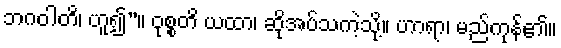
ဘဂဝါတိ၊ ဟူ၍”။ ဝုစ္စတိ ယထာ၊ ဆိုအပ်သကဲ့သို့။ ဟာရာ၊ မည်ကုန်၏။